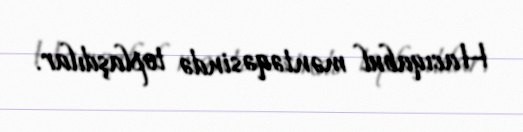
Hacıqabul məntəqəsində toplaşdılar.